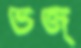
ভজ্‌